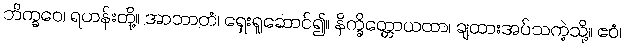
ဘိက္ခဝေ၊ ရဟန်းတို့။ အာဘာတံ၊ ရှေးရှုဆောင်၍။ နိက္ခိတ္တောယထာ၊ ချထားအပ်သကဲ့သို့။ ဧဝံ၊